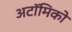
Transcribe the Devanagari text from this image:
अटॉमिको